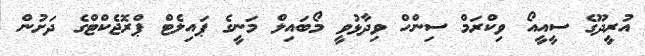
އުރީދޫގެ ސީއީއޯ ވިކްރަމް ސިންހް ވިދާޅުވީ މޯބައިލް މަނީގެ ޕައިލެޓް ޕްރޮޖެކްޓްގެ ދަށުން